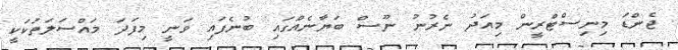
ޖެންޑަ މިނިސްޓްރީން މިއަދު ނެރުނު ނޫސް ބަޔާނެއްގައި ބުނެފައި ވަނީ މިފަދަ މައްސަލަތަކަކީ